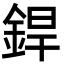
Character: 銲